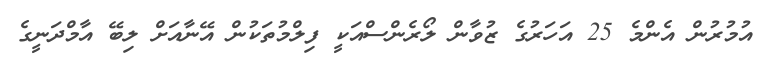
އުމުރުން އެންމެ 25 އަހަރުގެ ޒުވާން ލޯރެންސްއަކީ ފިލްމުތަކުން އޭނާއަށް ލިބޭ އާމްދަނީގެ